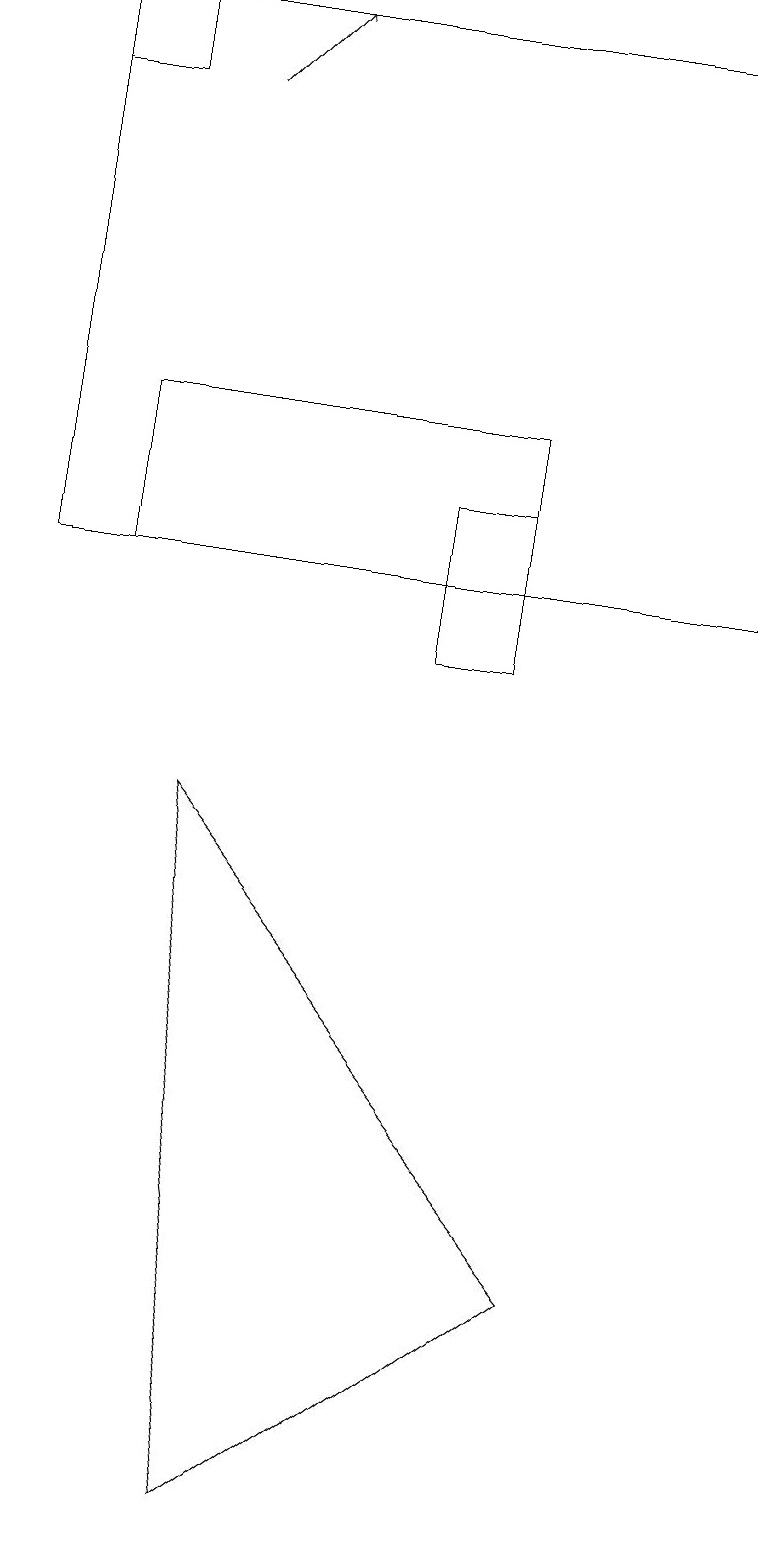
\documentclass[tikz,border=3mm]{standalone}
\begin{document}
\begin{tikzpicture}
\draw (9,12) rectangle (0,19);
\draw (2,9) -- (7,3) -- (3,0) -- cycle;
\draw (1,19) rectangle (0,18);
\draw (6,14) rectangle (1,12);
\draw[->] (2,18) -- (3,19);
\draw (6,13) rectangle (5,11);
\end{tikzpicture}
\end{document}